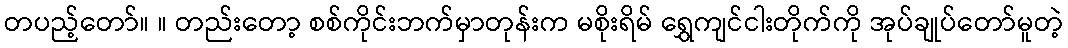
တပည့်တော်။ ။ တည်းတော့ စစ်ကိုင်းဘက်မှာတုန်းက မစိုးရိမ် ရွှေကျင်ငါးတိုက်ကို အုပ်ချုပ်တော်မူတဲ့